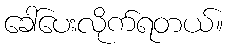
ခေါ်ပေးလိုက်ရတယ်။